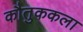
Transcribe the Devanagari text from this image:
कौतुककला